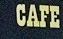
cafe